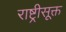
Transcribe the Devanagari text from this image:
राष्ट्रीसूक्त